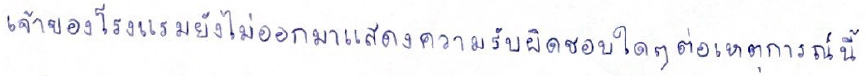
เจ้าของโรงแรมยังไม่ออกมาแสดงความรับผิดชอบใดๆต่อเหตุการณ์นี้